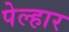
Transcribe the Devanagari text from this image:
पेल्हार